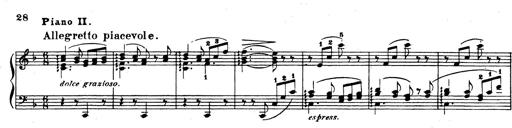
Title: Rhapsodie espagnole
Composer: Franz Liszt